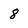
Character: 8